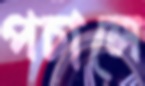
পচালে